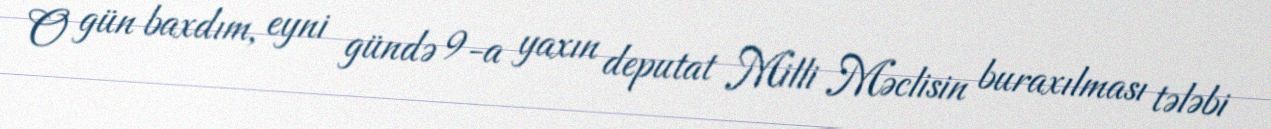
O gün baxdım, eyni gündə 9-a yaxın deputat Milli Məclisin buraxılması tələbi